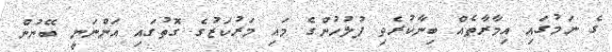
ގެ ނަމުގައި އިމާރާތެއް ބިނާކުރެވި ފުލުހުންގެ މައި މަރުކަޒުގެ ގޮތުގައި އަންނަނީ ބޭނުން